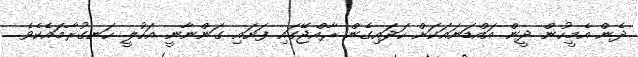
ދެން އެމީހުން ދީން އައްޑަނައަކަށް ހަދައިގެން ރާއްޖޭގައި ފަށައި ގަންނާނީ އަހުލީ ހަނގުރާމައެކެވެ.